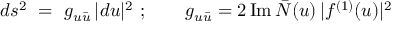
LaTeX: d s ^ { 2 } ~ = ~ g _ { u { \bar { u } } } \, | d u | ^ { 2 } \ ; \qquad g _ { u { \bar { u } } } = 2 \, \mathrm { I m } \, { \bar { \cal N } } ( u ) \, | f ^ { ( 1 ) } ( u ) | ^ { 2 } \,